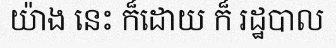
យ៉ាង នេះ ក៏ដោយ ក៏ រដ្ឋបាល